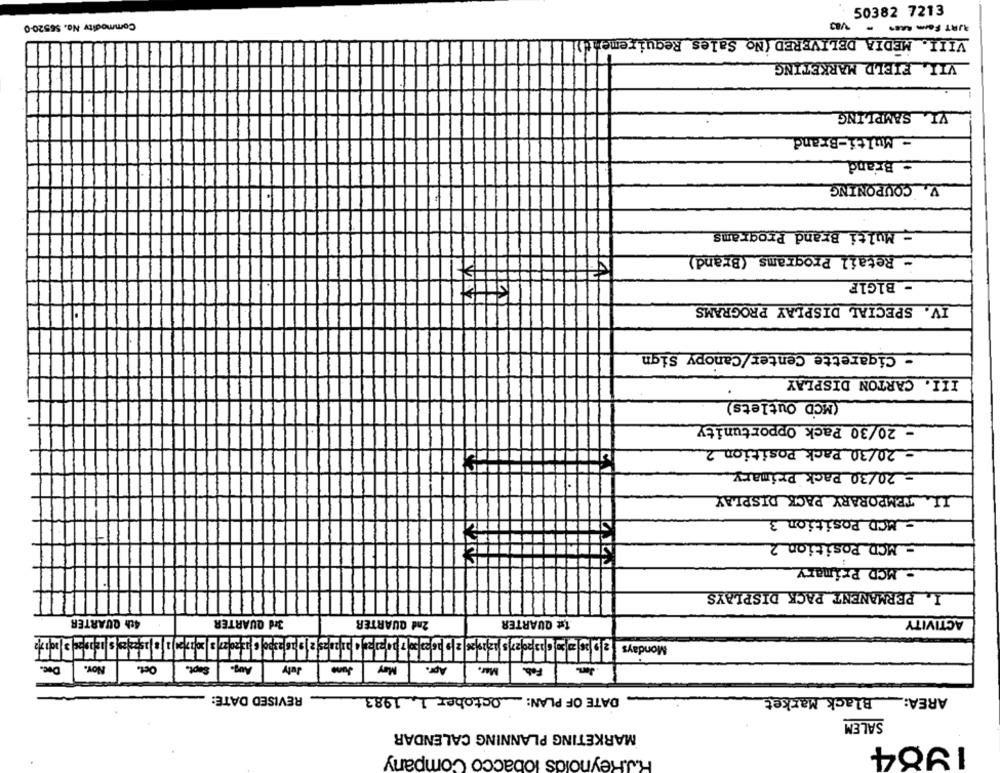
50382 7213
V83
Commodity No. $5520-0
AURT For KRES .
VIII. MEDIA DELIVERED (No Sales Requirement)
VII. FIELD MARKETING
VI SAMPLING
- Multi-Brand
- Brand
V. COUPONING
= Multi Brand Programs
- Retail Programs (Brand)
- B1GIF
IV. SPECIAL DISPLAY PROGRAMS
- Cigarette Center/Canopy Sign
III. CARTON DISPLAY
(MCD Outlets)
- 20/30 Pack Opportunity
- 20/30 Pack Position 2
= 20/30 Pack Primary
IL. TEMPORARY PACK DISPLAY
- MCD Position 3
MCD Position 2
- MCD Primary
I. PERMANENT PACK DISPLAYS
3rd QUARTER
1st QUARTER
ACTIVITY
4th QUARTER
2nd QUARTER
apa + araras 2 9 acaso0 6 15 2027 3| 2007 20 1 8 seas sazones 2 01 7
Mondays
Dic.
Nov.
Oct.
Sept.
Aug.
July
June
May
Apr.
Mur.
REVISED DATE:
DATE OF PLAN: _ October 1, 1983
AREA: Black Market
SALEM
MARKETING PLANNING CALENDAR
1904
R.J.Reynolds tobacco Company